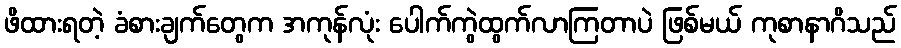
ဖိထားရတဲ့ ခံစားချက်တွေက အကုန်လုံး ပေါက်ကွဲထွက်လာကြတာပဲ ဖြစ်မယ် ကုစာနာဂိသည်